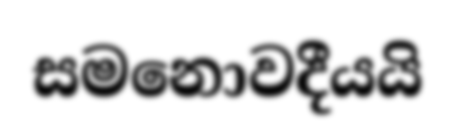
සමනොවදීයයි